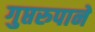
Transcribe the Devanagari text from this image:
गुप्तरुपानें